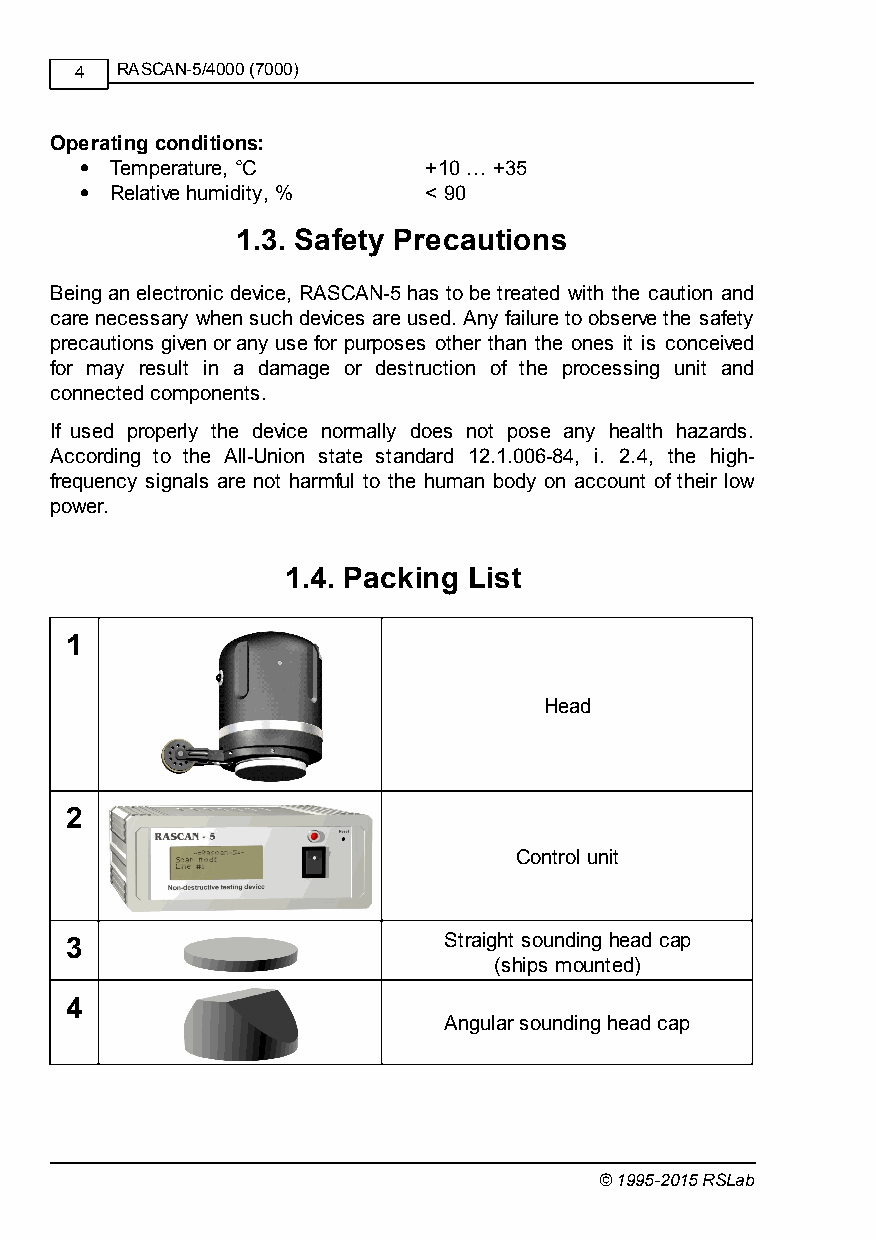
4  RASCAN-5/4000 (7000)
 Operating conditions:
 Temperature, °С      +10 … +35
 Relative humidity, % < 90
 1.3. Safety Precautions
 Being an electronic device, RASCAN-5 has to be treated with the caution and
 care necessary when such devices are used. Any failure to observe the safety
 precautions given or any use for purposes other than the ones it is conceived
 for may result in a damage or destruction of the processing unit and
 connected components.
 If used properly the device normally does not pose any health hazards.
 According to the All-Union state standard 12.1.006-84, i. 2.4, the high-
 frequency signals are not harmful to the human body on account of their low
 power.
 1.4. Packing List
 1
 Head
 2
 Control unit
 3                        Straight sounding head cap
 (ships mounted)
 4
 Angular sounding head cap
 © 1995-2015 RSLab